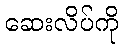
ဆေးလိပ်ကို